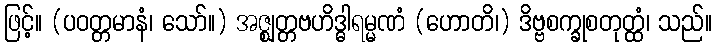
ဖြင့်။ (ပဝတ္တမာနံ၊ သော်။) အဇ္ဈတ္တဗဟိဒ္ဓါရမ္မဏံ (ဟောတိ၊) ဒိဗ္ဗစက္ခုစတုတ္ထံ၊ သည်။